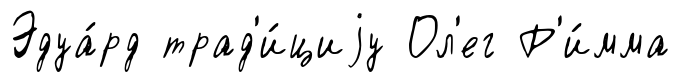
Эдуа́рд трад'и́циjу Ол'ег Р'и́мма